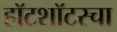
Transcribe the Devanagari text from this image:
हॉटशॉटस्चा